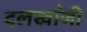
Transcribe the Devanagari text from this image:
दलखाँजी